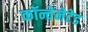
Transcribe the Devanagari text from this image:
कॉन्वेनेटेड